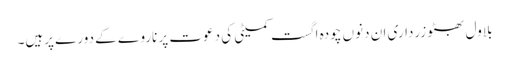
بلاول بھٹو زرداری ان دنوں چودہ اگست کمیٹی کی دعوت پر ناروے کے دورے پرہیں۔